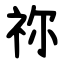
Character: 祢